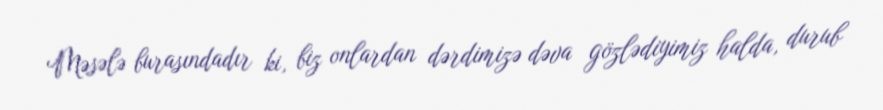
Məsələ burasındadır ki, biz onlardan dərdimizə dəva gözlədiyimiz halda, durub